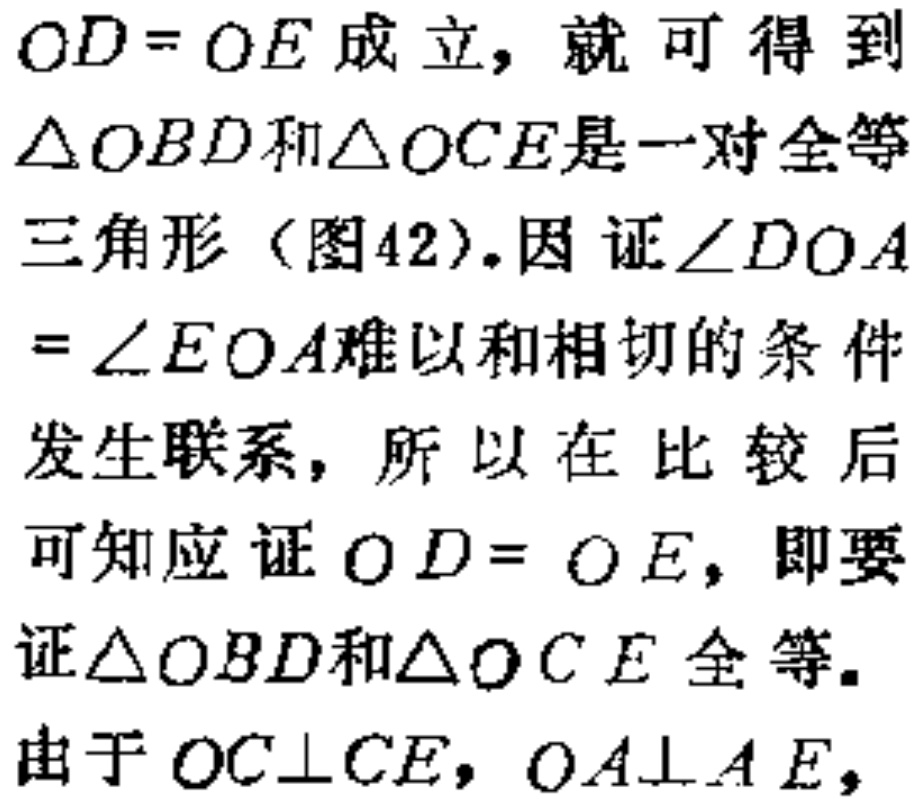
$OD = OE$成立，就可得到
$\triangle OBD$和$\triangle OCE$是一对全等
三角形（图42）. 因证$\angle DOA$
$=\angle EOA$难以和相切的条件
发生联系，所以在比较后
可知应证$OD = OE$，即要
证$\triangle OBD$和$\triangle OCE$全等.
由于$OC\perp CE$，$OA\perp AE$，